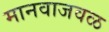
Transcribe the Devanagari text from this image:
मानवाजवळ